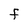
Character: F